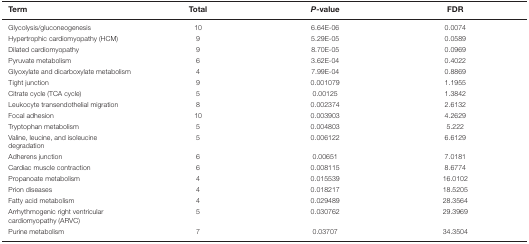
<table><thead><tr><td><b>Term</b></td><td><b>Total</b></td><td><b><i>P</i>-value</b></td><td><b>FDR</b></td></tr></thead><tbody><tr><td>Glycolysis/gluconeogenesis</td><td>10</td><td>6.64E-06</td><td>0.0074</td></tr><tr><td>Hypertrophic cardiomyopathy (HCM)</td><td>9</td><td>5.29E-05</td><td>0.0589</td></tr><tr><td>Dilated cardiomyopathy</td><td>9</td><td>8.70E-05</td><td>0.0969</td></tr><tr><td>Pyruvate metabolism</td><td>6</td><td>3.62E-04</td><td>0.4022</td></tr><tr><td>Glyoxylate and dicarboxylate metabolism</td><td>4</td><td>7.99E-04</td><td>0.8869</td></tr><tr><td>Tight junction</td><td>9</td><td>0.001079</td><td>1.1955</td></tr><tr><td>Citrate cycle (TCA cycle)</td><td>5</td><td>0.00125</td><td>1.3842</td></tr><tr><td>Leukocyte transendothelial migration</td><td>8</td><td>0.002374</td><td>2.6132</td></tr><tr><td>Focal adhesion</td><td>10</td><td>0.003903</td><td>4.2629</td></tr><tr><td>Tryptophan metabolism</td><td>5</td><td>0.004803</td><td>5.222</td></tr><tr><td>Valine, leucine, and isoleucine degradation</td><td>5</td><td>0.006122</td><td>6.6129</td></tr><tr><td>Adherens junction</td><td>6</td><td>0.00651</td><td>7.0181</td></tr><tr><td>Cardiac muscle contraction</td><td>6</td><td>0.008115</td><td>8.6774</td></tr><tr><td>Propanoate metabolism</td><td>4</td><td>0.015539</td><td>16.0102</td></tr><tr><td>Prion diseases</td><td>4</td><td>0.018217</td><td>18.5205</td></tr><tr><td>Fatty acid metabolism</td><td>4</td><td>0.029489</td><td>28.3564</td></tr><tr><td>Arrhythmogenic right ventricular cardiomyopathy (ARVC)</td><td>5</td><td>0.030762</td><td>29.3969</td></tr><tr><td>Purine metabolism</td><td>7</td><td>0.03707</td><td>34.3504</td></tr></tbody></table>